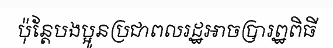
ប៉ុន្តែបងប្អូនប្រជាពលរដ្ឋអាចប្រារព្ឋពិធី